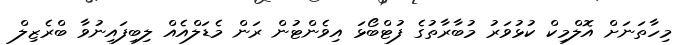
މިހާތަނަށް އޮލްމިކް ކުޅުވަރު މުބާރާތުގެ ފުޓްބޯޅަ އިވެންޓުން ރަން މެޑަލްއެއް ލިބިފައިނުވާ ބްރެޒިލް